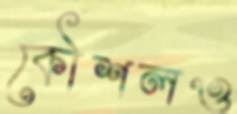
কৌশলও